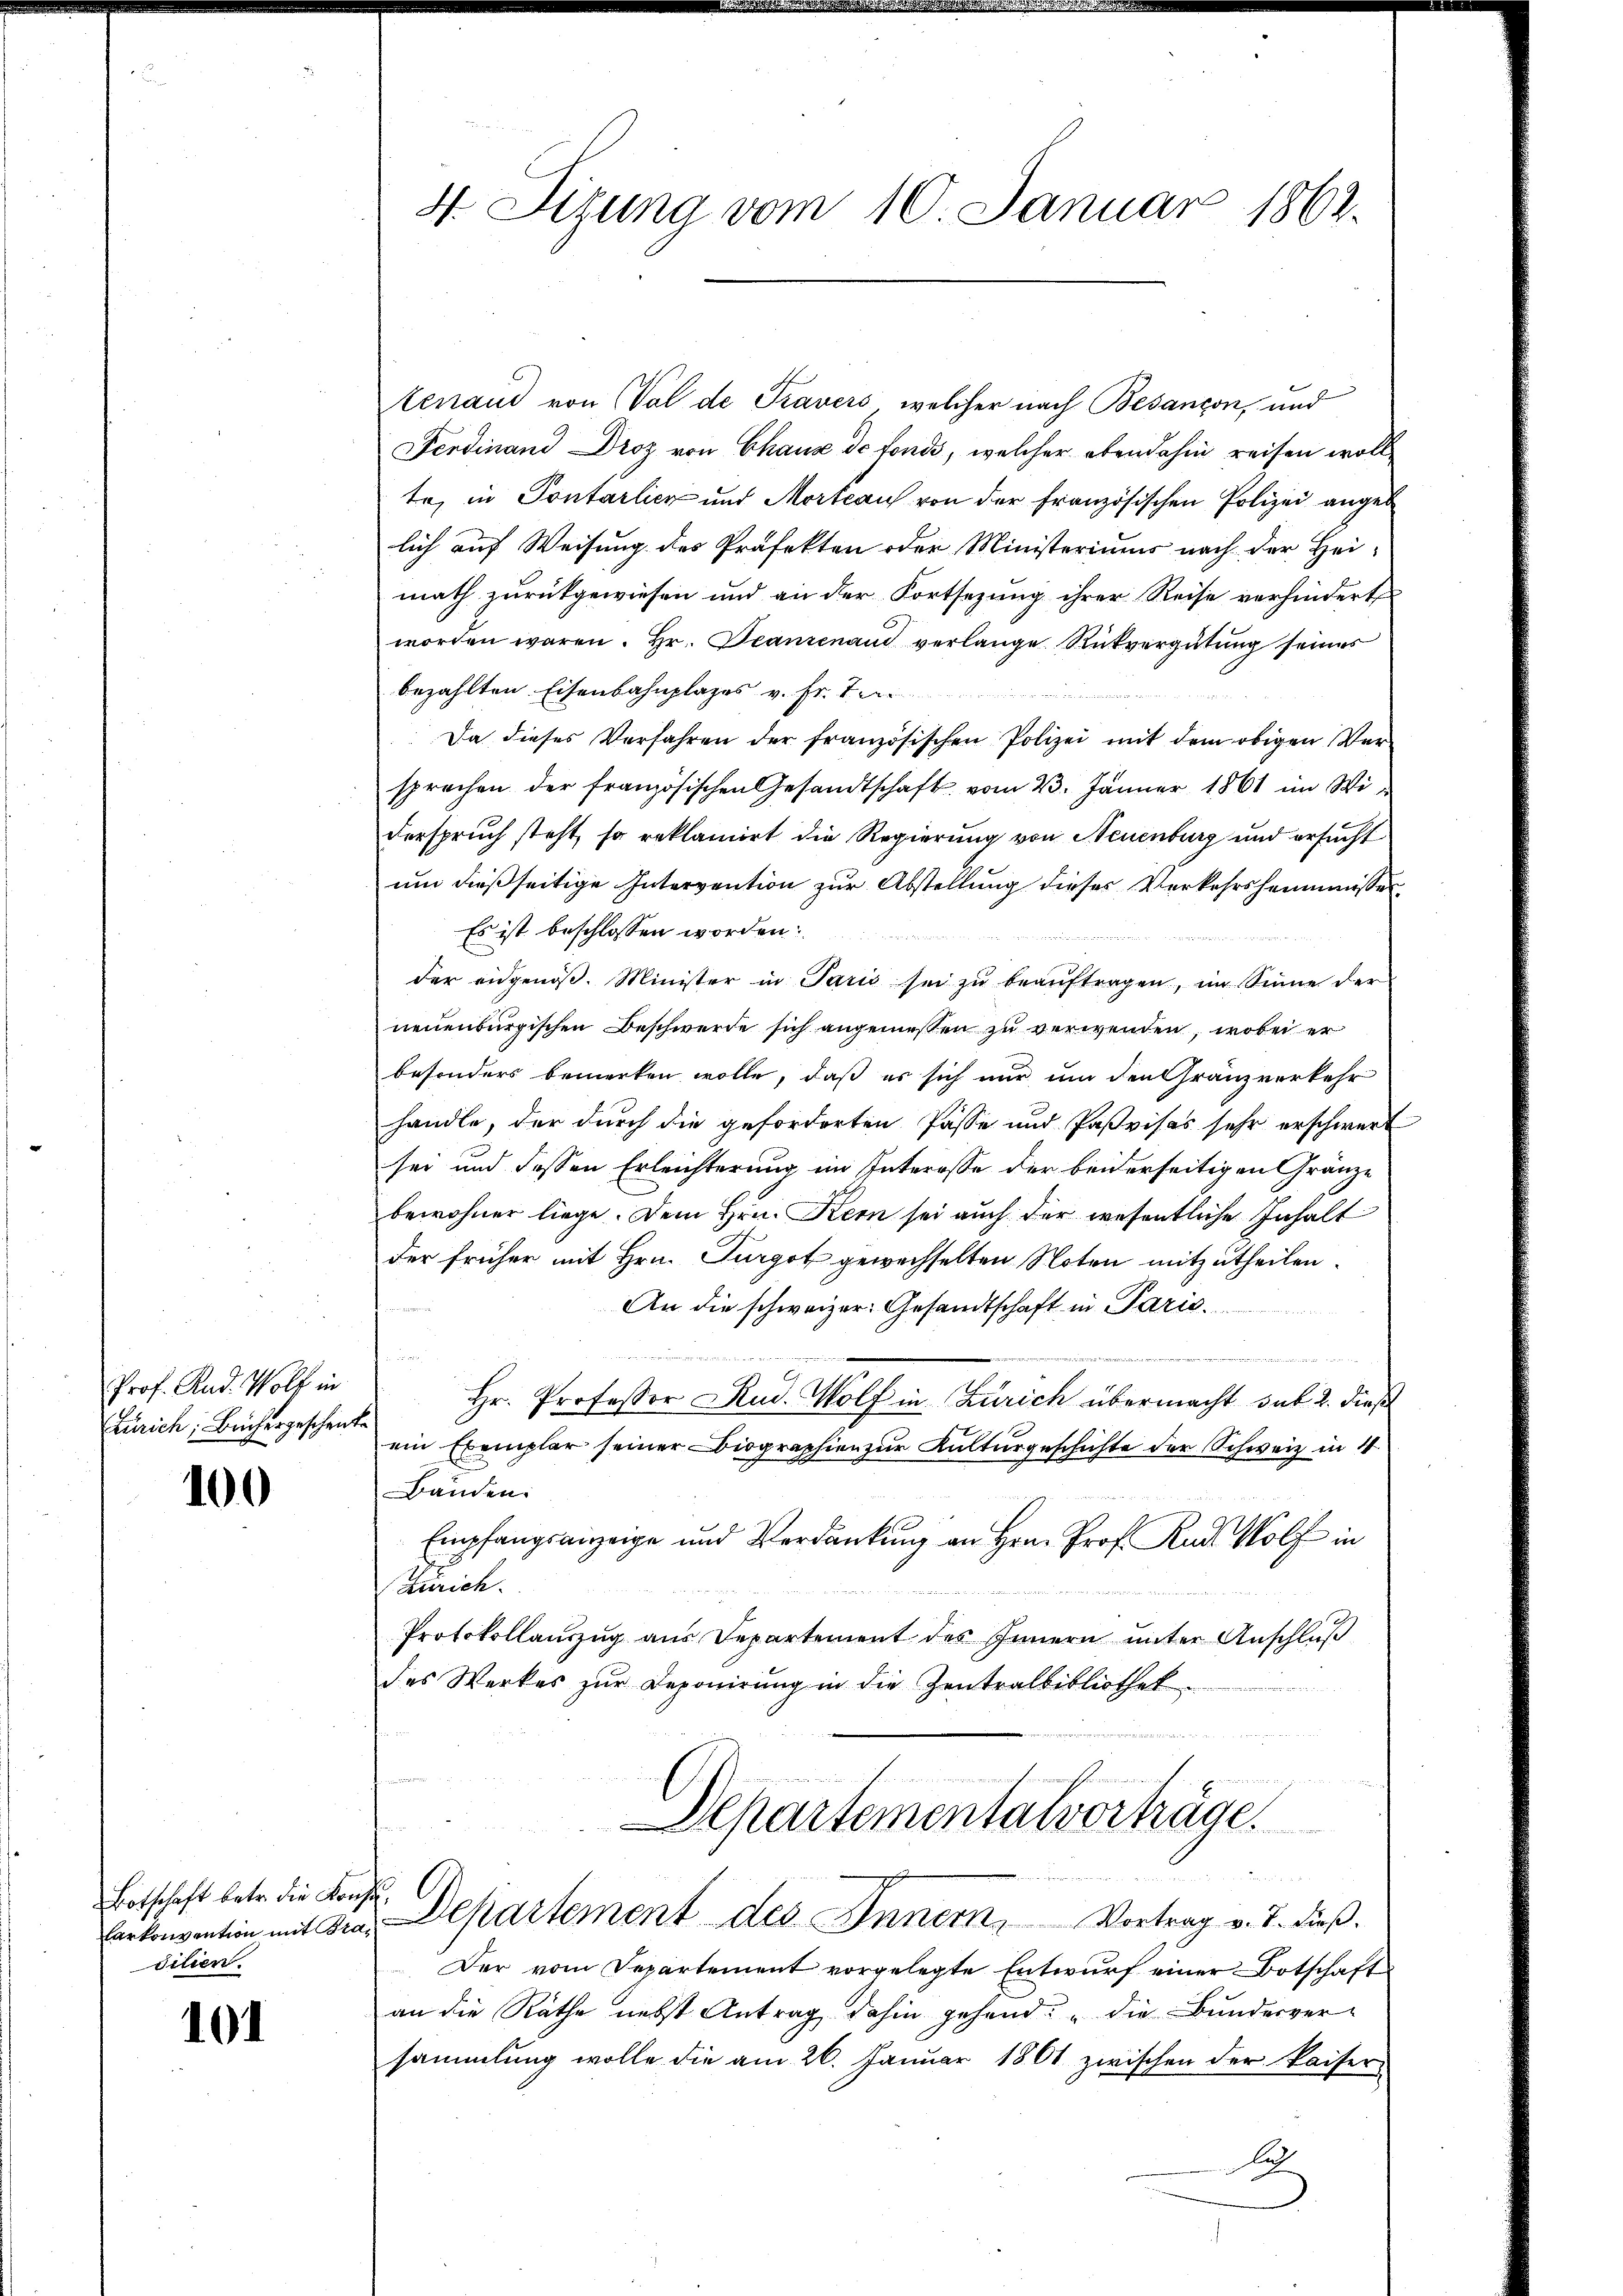
Prof. Rud. Wolf in
Zürich, Büchergeschenke

100

Botschaft betr. die Konfesilien.

101

tenaud von Val de Travers, welcher nach Besançon, und
Ferdinand Droz von Chaux de fonds, welcher ebendahin reisen woll
te, in Pontarlich und Mortcau von der französischen Polizei angeb
lich auf Weisung des Präfekten oder Ministeriums nach der Hei-
math zurückgewiesen und an der Fortsetzung ihrer Reise verhindert
worden waren. Hr. Beantenand verlange. Rückvergütung seines
bezahlten Eisenbahnplages v. Fr. Te
Da dieses Verfahren der französischen Polizei mit dem obigen Ver-
sprechen der französischen Gesandtschaft vom 23. Jänner 1861 im Widerspruch steht, so reklamirt die Regierung von Neuenburg und ersucht
um dießseitige Intervention zur Abstellung dieses Verkehrsheimnisses
Es ist beschlossen worden
der eidgenöβ. Minister in Paris sei zŭ beaŭftragen, im Sinne der
neuenburgischen Beschwerde sich angemeßen zu verwenden, wobei er
besonders bemerken wolle, daß es sich nur um den Gränzverkehr
handle, der durch die geforderten Pässe und Paßvisas sehr erschwert
sei und dessen Erleichterung im Interesse der beiderseitigen Gränze
bewohner liege. Dem Hrn. Kern sei auch der wesentliche Inhalt
der früher mit Hrn. Turgot gewechselten Noten mitzutheilen.
An die schweizer. Gesandtschaft in Paris,

e
Hr. Professor Rud. Wolf in Zürich übermacht sub 2. dieß
ein Exemplar seiner Biographien zur Kulturgeschichte der Schweiz in 4
Bänden.
Empfangsanzeige und Verdankung an Hrn. Prof. Kads Wolf in
Zürich.
Protokollanzug aus Departement des Innern ŭnter Anschlŭβ
des Werkes zŭr Deponirung in die Zentralbibliothek
e

4. Sigung vom 10. Januar 1862.

Departementalvorträge.

Erkonvention mit den Departement des Innern, Vortrag v. J. dieβ.

Der vom Departement vorgelegte Entwurf einer Botschaft
an die Räthe nebst Antrag dahin gehend: „die Bundesver-
sammlung wolle die am 26. Januar 1801 zwischen der Kaiseri-
A